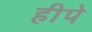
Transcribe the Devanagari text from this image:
हीपे